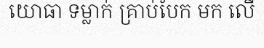
យោធា ទម្លាក់ គ្រាប់បែក មក លើ